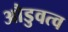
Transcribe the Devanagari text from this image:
औडुवत्व